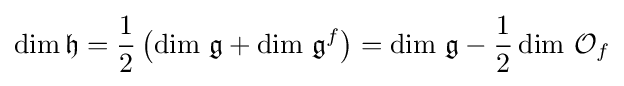
\dim {\mathfrak {h}}={\frac {1}{2}}\left(\dim \,{\mathfrak {g}}+\dim \,{\mathfrak {g}}^{f}\right)=\dim \,{\mathfrak {g}}-{\frac {1}{2}}\dim \,{\mathcal {O}}_{f}